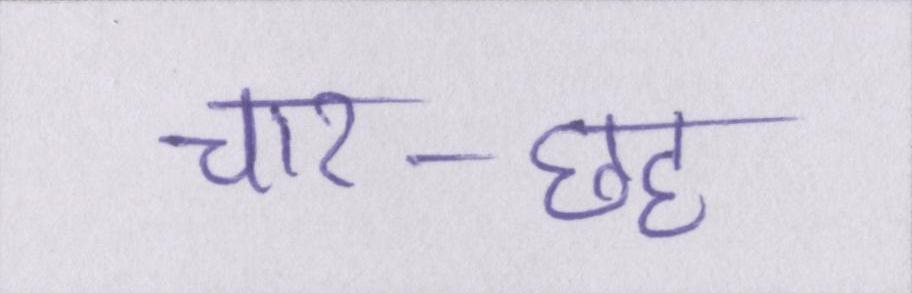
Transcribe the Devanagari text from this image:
चार-छह